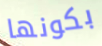
بكونها